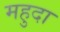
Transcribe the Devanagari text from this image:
महुदा